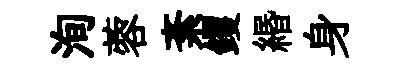
洵蓉紊钁緡身